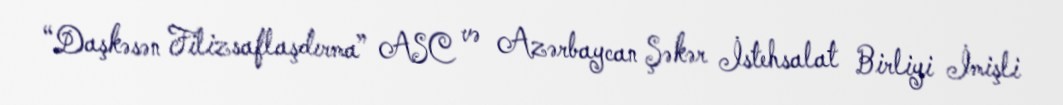
“Daşkəsən Filizsaflaşdırma” ASC və Azərbaycan Şəkər İstehsalat Birliyi İmişli